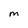
Character: m